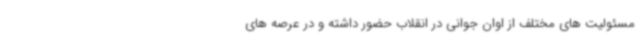
مسئولیت های مختلف از اوان جوانی در انقلاب حضور داشته و در عرصه های